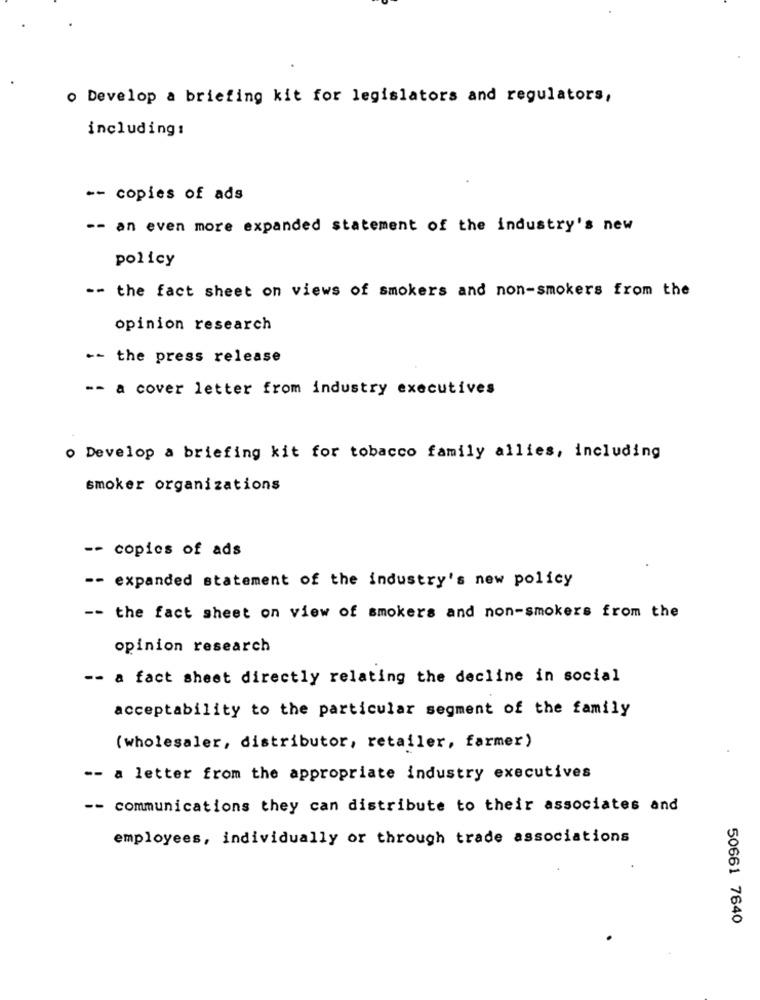
o Develop a briefing kit for legislators and regulators,
including:
-- copies of ads
-- an even more expanded statement of the industry's new
policy
-- the fact sheet on views of smokers and non-smokers from the
opinion research
-- the press release
-- a cover letter from industry executives
o Develop a briefing kit for tobacco family allies, including
smoker organizations
-- copies of ads
-- expanded statement of the industry's new policy
-- the fact sheet on view of smokers and non-smokers from the
opinion research
-- a fact sheet directly relating the decline in social
acceptability to the particular segment of the family
(wholesaler, distributor, retailer, farmer)
-- a letter from the appropriate industry executives
-- communications they can distribute to their associates and
employees, individually or through trade associations
50661 7640